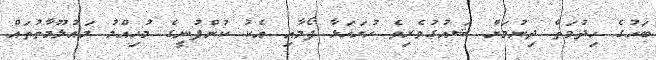
ބަހުގެ ހިދުމަތް ދިނުމަށް ޝައުގުވެރިވެ ހުށަހަޅާ ފޯމާއި އެކު ކުންފުނީގެ މުހިއްމު މައުލޫމާތުތައް